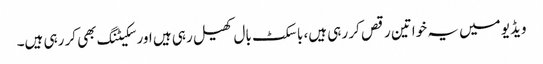
ویڈیو میں یہ خواتین رقص کر رہی ہیں، باسکٹ بال کھیل رہی ہیں اور سکیٹنگ بھی کر رہی ہیں۔